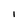
Character: I